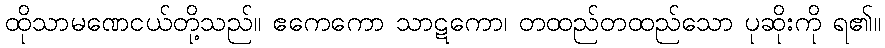
ထိုသာမဏေငယ်တို့သည်။ ဧကေကော သာဋကော၊ တထည်တထည်သော ပုဆိုးကို ရ၏။